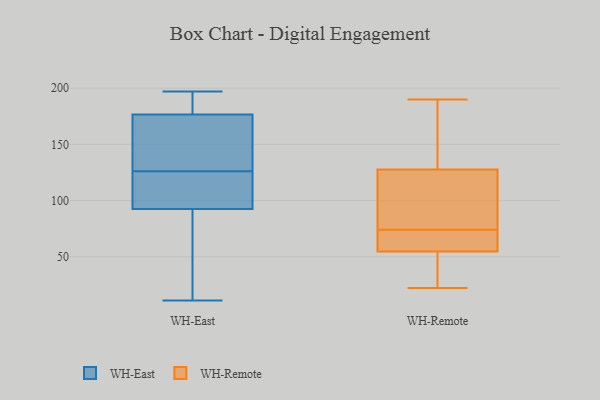
{"axis": {"x": "Churn Rate (%)", "y": "Value"}, "legend": ["WH-East", "WH-Remote"], "data": [{"x": "", "y": 96, "type": "WH-East"}, {"x": "", "y": 169, "type": "WH-East"}, {"x": "", "y": 197, "type": "WH-East"}, {"x": "", "y": 18, "type": "WH-East"}, {"x": "", "y": 152, "type": "WH-East"}, {"x": "", "y": 11, "type": "WH-East"}, {"x": "", "y": 89, "type": "WH-East"}, {"x": "", "y": 190, "type": "WH-East"}, {"x": "", "y": 80, "type": "WH-East"}, {"x": "", "y": 184, "type": "WH-East"}, {"x": "", "y": 130, "type": "WH-East"}, {"x": "", "y": 88, "type": "WH-East"}, {"x": "", "y": 167, "type": "WH-East"}, {"x": "", "y": 122, "type": "WH-East"}, {"x": "", "y": 133, "type": "WH-East"}, {"x": "", "y": 104, "type": "WH-East"}, {"x": "", "y": 192, "type": "WH-East"}, {"x": "", "y": 109, "type": "WH-East"}, {"x": "", "y": 108, "type": "WH-East"}, {"x": "", "y": 192, "type": "WH-East"}, {"x": "", "y": 164, "type": "WH-Remote"}, {"x": "", "y": 63, "type": "WH-Remote"}, {"x": "", "y": 79, "type": "WH-Remote"}, {"x": "", "y": 190, "type": "WH-Remote"}, {"x": "", "y": 64, "type": "WH-Remote"}, {"x": "", "y": 141, "type": "WH-Remote"}, {"x": "", "y": 46, "type": "WH-Remote"}, {"x": "", "y": 22, "type": "WH-Remote"}, {"x": "", "y": 77, "type": "WH-Remote"}, {"x": "", "y": 114, "type": "WH-Remote"}, {"x": "", "y": 71, "type": "WH-Remote"}, {"x": "", "y": 33, "type": "WH-Remote"}]}